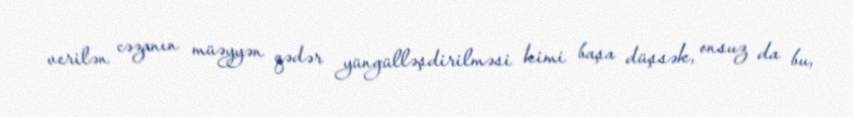
verilən cəzanın müəyyən qədər yüngülləşdirilməsi kimi başa düşsək, onsuz da bu,